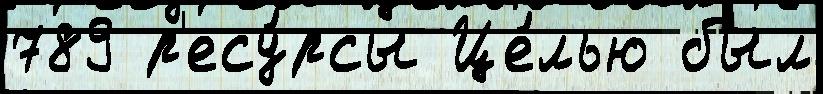
789 р'есу́рсы Це́лью был